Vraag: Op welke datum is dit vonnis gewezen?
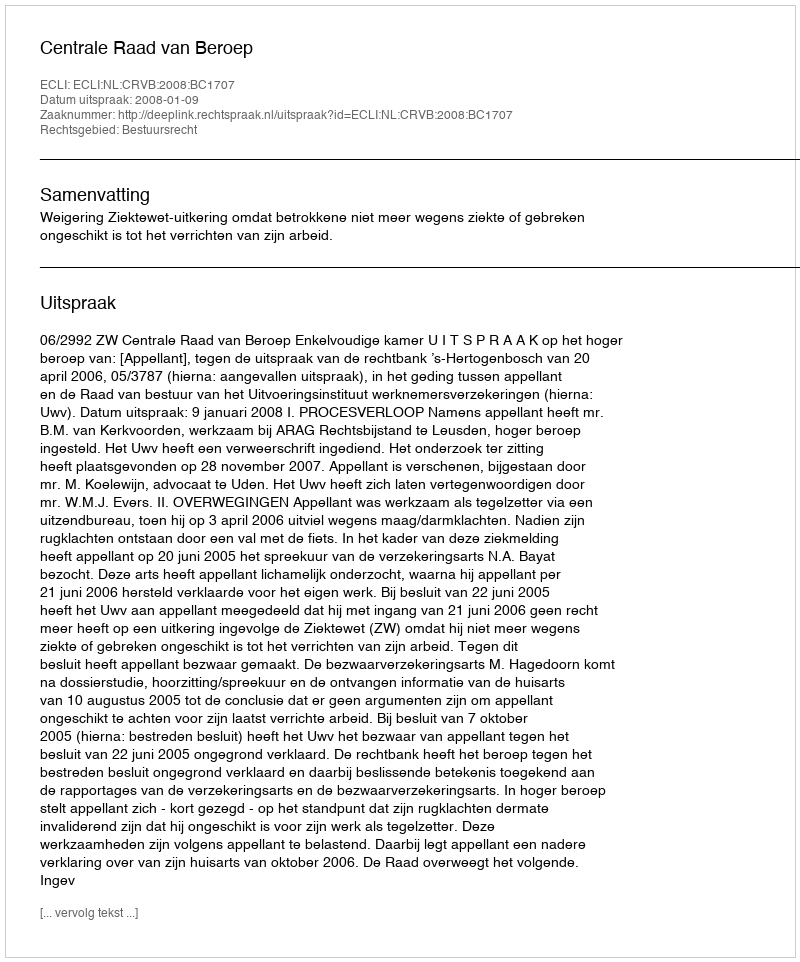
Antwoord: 2008-01-09